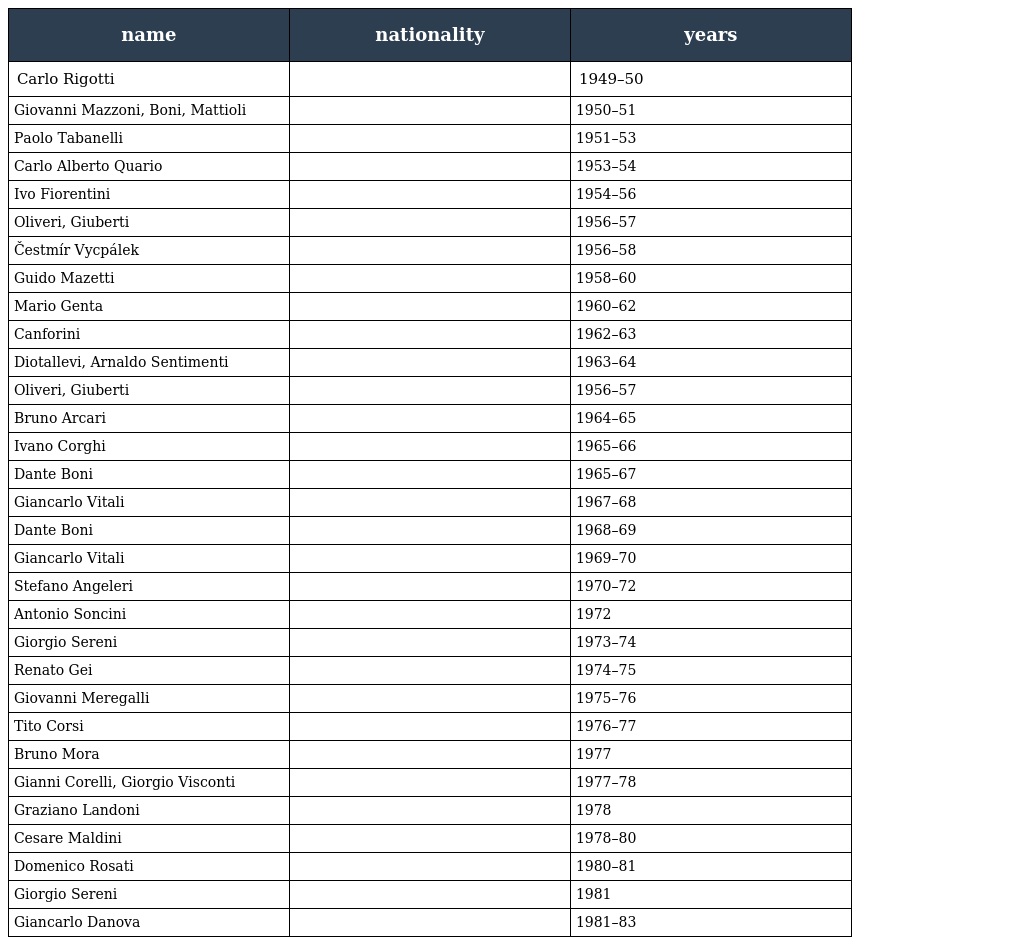
| name | nationality | years |
 | --- | --- | --- |
 | Carlo Rigotti |  | 1949–50 |
 | Giovanni Mazzoni, Boni, Mattioli |  | 1950–51 |
 | Paolo Tabanelli |  | 1951–53 |
 | Carlo Alberto Quario |  | 1953–54 |
 | Ivo Fiorentini |  | 1954–56 |
 | Oliveri, Giuberti |  | 1956–57 |
 | Čestmír Vycpálek |  | 1956–58 |
 | Guido Mazetti |  | 1958–60 |
 | Mario Genta |  | 1960–62 |
 | Canforini |  | 1962–63 |
 | Diotallevi, Arnaldo Sentimenti |  | 1963–64 |
 | Oliveri, Giuberti |  | 1956–57 |
 | Bruno Arcari |  | 1964–65 |
 | Ivano Corghi |  | 1965–66 |
 | Dante Boni |  | 1965–67 |
 | Giancarlo Vitali |  | 1967–68 |
 | Dante Boni |  | 1968–69 |
 | Giancarlo Vitali |  | 1969–70 |
 | Stefano Angeleri |  | 1970–72 |
 | Antonio Soncini |  | 1972 |
 | Giorgio Sereni |  | 1973–74 |
 | Renato Gei |  | 1974–75 |
 | Giovanni Meregalli |  | 1975–76 |
 | Tito Corsi |  | 1976–77 |
 | Bruno Mora |  | 1977 |
 | Gianni Corelli, Giorgio Visconti |  | 1977–78 |
 | Graziano Landoni |  | 1978 |
 | Cesare Maldini |  | 1978–80 |
 | Domenico Rosati |  | 1980–81 |
 | Giorgio Sereni |  | 1981 |
 | Giancarlo Danova |  | 1981–83 |